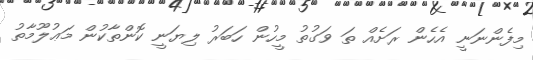
މިފެންނަނީ އެހެން ރަށެއް ތަ ވަގުތު މީހުން ހަބަރު ލިޔަނީ ކޮންތާކުން މަޢުލޫމާތު